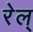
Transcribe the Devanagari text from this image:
रेल्